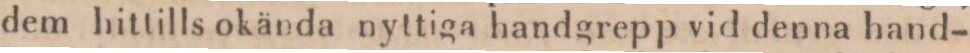
dem hittills okända nyttiga handgrepp vid denna hand-